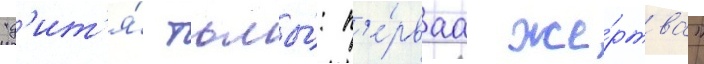
"д'ит'я́ тьмы́: п'е́рваа же́ртва"